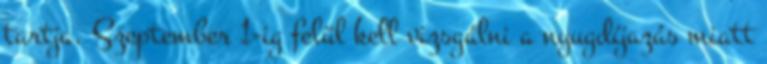
tartja. Szeptember 1-ig felül kell vizsgálni a nyugdíjazás miatt